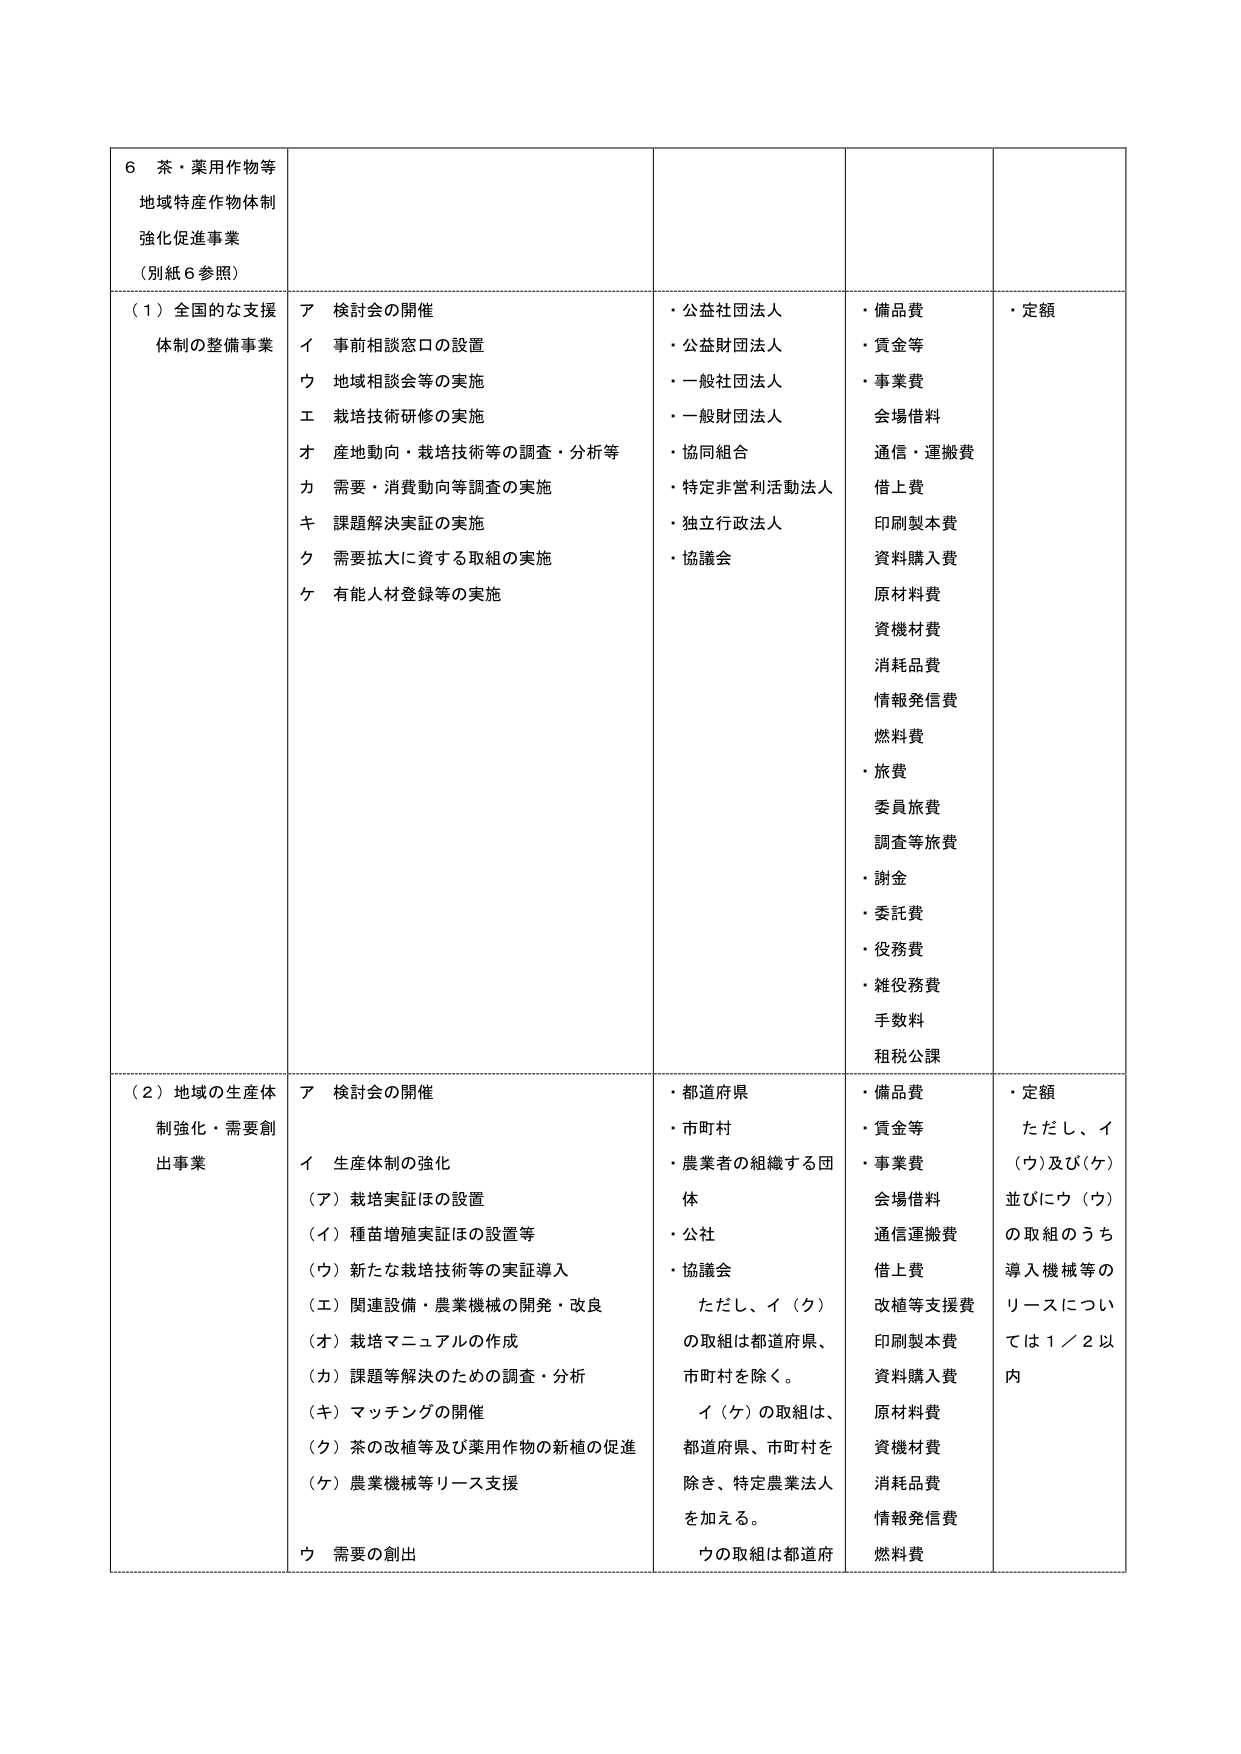
6 茶・薬用作物等
地域特産作物体制
強化促進事業
（別紙６参照）

（１）全国的な支援
体制の整備事業
ア 検討会の開催
イ 事前相談窓口の設置
ウ 地域相談会等の実施
エ 栽培技術研修の実施
オ 産地動向・栽培技術等の調査・分析等
カ 需要・消費動向等調査の実施
キ 課題解決実証の実施
ク 需要拡大に資する取組の実施
ケ 有能人材登録等の実施

・公益社団法人
・公益財団法人
・一般社団法人
・一般財団法人
・協同組合
・特定非営利活動法人
・独立行政法人
・協議会

・備品費
・賃金等
・事業費
会場借料
通信・運搬費
借上費
印刷製本費
資料購入費
原材料費
資機材費
消耗品費
情報発信費
燃料費
・旅費
委員旅費
調査等旅費
・謝金
・委託費
・役務費
・雑役務費
手数料
租税公課

・定額

（２）地域の生産体制強化・需要創出事業
ア 検討会の開催
イ 生産体制の強化
（ア）栽培実証ほの設置
（イ）種苗増殖実証ほの設置等
（ウ）新たな栽培技術等の実証導入
（エ）関連設備・農業機械の開発・改良
（オ）栽培マニュアルの作成
（カ）課題等解決のための調査・分析
（キ）マッチングの開催
（ク）茶の改植等及び薬用作物の新植の促進
（ケ）農業機械等リース支援
ウ 需要の創出

・都道府県
・市町村
・農業者の組織する団体
・公社
・協議会
ただし、イ（ク）の取組は都道府県、市町村を除く。
イ（ケ）の取組は、都道府県、市町村を除き、特定農業法人を加える。
ウの取組は都道府

・備品費
・賃金等
・事業費
会場借料
通信運搬費
借上費
改植等支援費
印刷製本費
資料購入費
原材料費
資機材費
消耗品費
情報発信費
燃料費

・定額
ただし、イ（ウ）及び（ケ）並びにウ（ウ）の取組のうち導入機械等のリースについては１／２以内